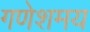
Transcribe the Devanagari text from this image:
गणेशमय